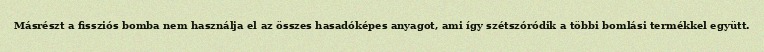
Másrészt a fissziós bomba nem használja el az összes hasadóképes anyagot, ami így szétszóródik a többi bomlási termékkel együtt.